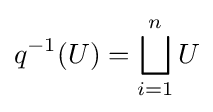
q^{-1}(U)=\displaystyle \bigsqcup _{i=1}^{n}U